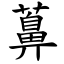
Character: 䕗